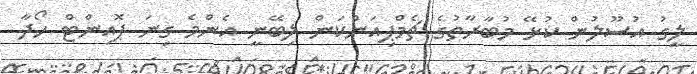
ލީގު އުސޫލުން ކުޅޭ މުބާރާތުގެ ޗެމްޕިއަންކަން ލިބޭނީ އެންމެ ގިނަ ޕޮއިންޓް ހޯދާ